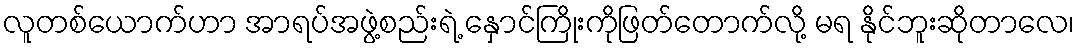
လူတစ်ယောက်ဟာ အာရပ်အဖွဲ့စည်းရဲ့ နှောင်ကြိုးကိုဖြတ်တောက်လို့ မရ နိုင်ဘူးဆိုတာလေ၊